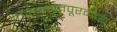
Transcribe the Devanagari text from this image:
तिरुअनंतपूरमच्या